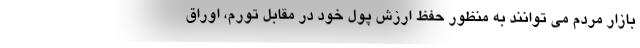
بازار مردم می توانند به منظور حفظ ارزش پول خود در مقابل تورم، اوراق